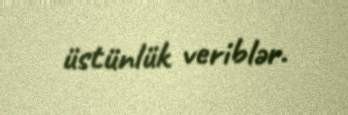
üstünlük veriblər.